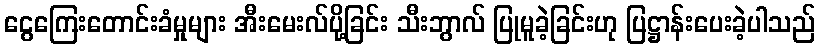
ငွေကြေးတောင်းခံမှုများ အီးမေးလ်ပို့ခြင်း သီးဘွာလ် ပြုမူခဲ့ခြင်းဟု ပြဋ္ဌာန်းပေးခဲ့ပါသည်